Civil Veterinary Dept. Bombay admin report 1914-1922 - 1914-1922
Year: 1914
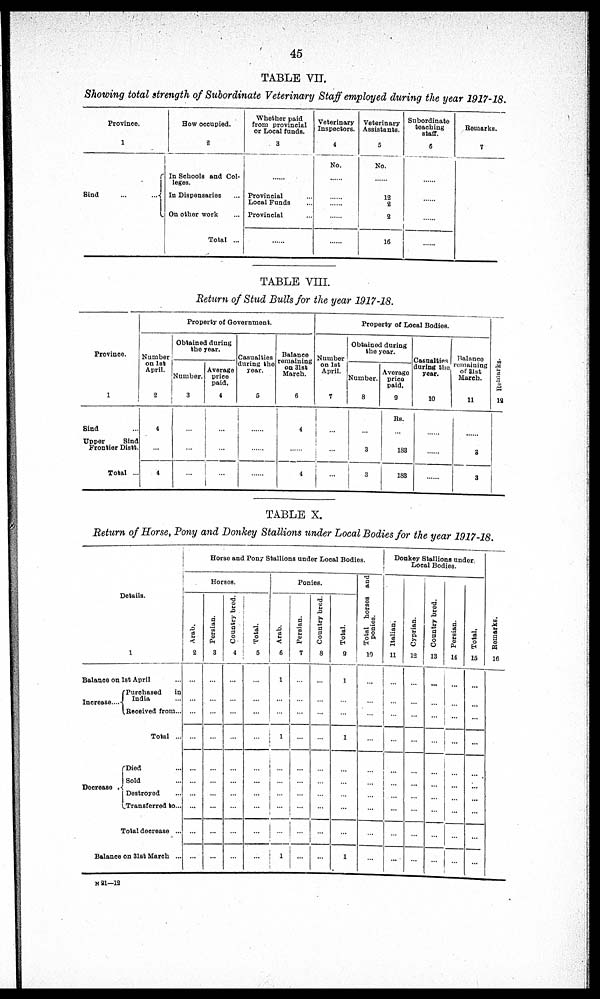
TABLE VII.
Showing total strength of Subordinate Veterinary Staff employed during the year 1917-18.
Province.
1
Sind ... ...
How occupied.
2
In Schools and Col-
leges.
In Dispensaries ....
On other work ....
Total ...
Whether paid
from provincial
or Local funds.
3
........
Provincial ....
Local Funds ....
Provincial ....
........
Veterinary
Inspectors.
4
No.
........
........
........
.... ....
........
Veterinary
Assistants.
5
No.
........
12
2
2
16
Subordinate
teaching
staff.
6
........
........
........
........
Remarks.
7
TABLE VIII.
Return of Stud Bulls for the year 1917-18.
Province.
1
Sind ...
Upper
Sind
Frontier Distt.
Total ...
Property of Government.
Number
on 1st
April.
2
4
....
4
Obtained during
the year.
Number.
3
....
....
....
Average
price
paid.
4
....
....
...
Casualties
during the
year.
5
....
....
....
Balance
remaining
on 31st
March.
6
4
....
4
Property of Local Bodies.
Number
on 1st
April.
7
....
...
...
Obtained during
the year.
Number.
8
....
3
3
Average
price
paid.
9
Rs.
....
183
183
Casualties
during the
year.
10
........
........
........
Balance
remaining
of 31st
March.
11
........
3
3
Remarks.
13
—
TABLE X.
Return of Horse, Pony and Donkey Stallions under Local Bodies for the year 1917-18
Details.
1
Balance on 1st April
Increase...
Purchased
in
India ...
Received from ...
Total ...
Decrease
Died ...
Sold ...
Destroyed
Transferred to ...
Total decrease ...
Balance on 31st March ...
Horse and Pony Stallions under Local Bodies.
Horses.
Arab.
2
...
...
...
...
...
...
...
...
...
...
Persian.
3
...
...
...
...
...
...
...
...
...
...
Country bred.
4
...
...
...
...
...
...
...
...
...
...
Total.
5
...
...
...
...
...
...
...
...
...
...
Ponies.
Arab.
6
1
...
...
1
...
...
...
...
...
1
Persian.
7
...
...
...
...
...
...
...
...
...
Country bred.
8
...
...
...
...
...
...
...
...
...
...
Total.
9
1
...
...
1
...
...
...
...
...
1
Total horses and
ponies.
10
...
...
...
...
...
...
...
...
...
...
Donkey Stallions under
Local Bodies.
I t al i an.
11
...
...
...
...
...
...
...
...
...
...
Cypr i
an.
12
...
...
...
...
...
...
...
...
...
...
Count r
y br ed.
13
...
...
...
...
...
...
...
...
...
...
Per s i
an.
14
...
...
...
...
...
...
...
...
...
...
Tot al .
15
...
...
...
...
...
...
...
...
...
...
Remarks.
16
N 21—12